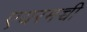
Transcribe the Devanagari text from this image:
एयरमच्ची